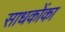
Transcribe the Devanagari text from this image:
साधकोंका